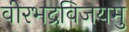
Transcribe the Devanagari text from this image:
वीरभद्रविजयमु